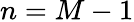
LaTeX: n=M-1